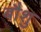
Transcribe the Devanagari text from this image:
बौशु